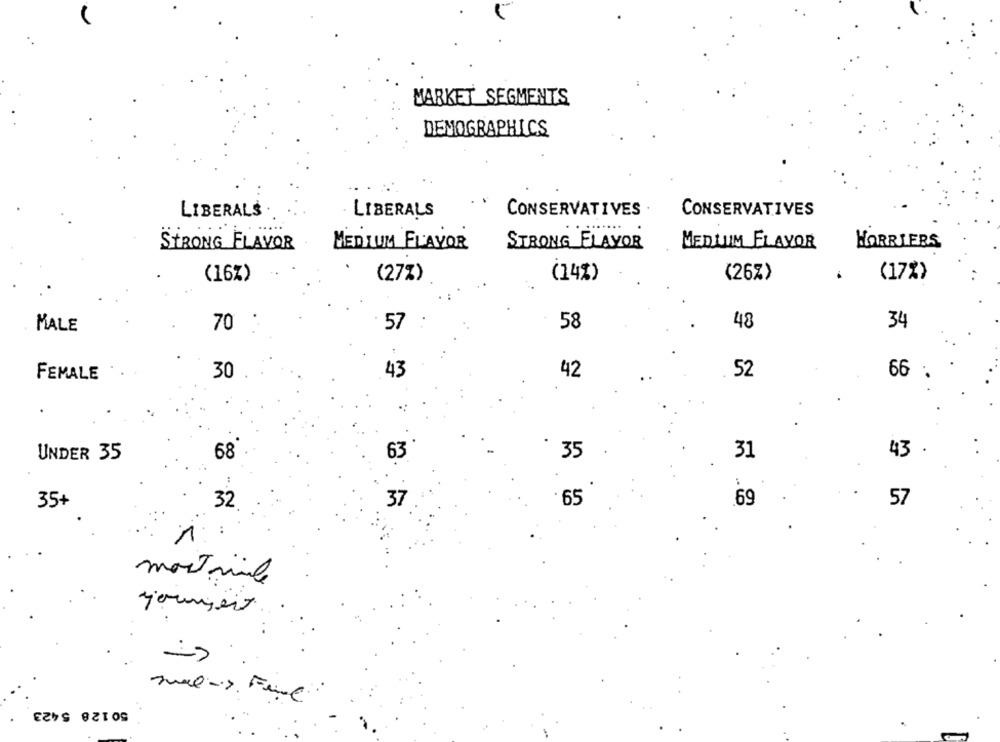
MARKET SEGMENTS
DEMOGRAPHICS
LIBERALS
LIBERALS
CONSERVATIVES
CONSERVATIVES
WORRIERS
STRONG FLAVOR
MEDIUM FLAVOR
STRONG FLAVOR
MEDLUM FLAVOR
(16%)
(27%)
(14%)
(26%)
(17%)
MALE
70
57
58
48
34
FEMALE
30
43
42
52
66
68
35
43
UNDER 35
63
31
35+
32
37
.65
69
57
mostmile
youngsix
50 128 5423